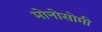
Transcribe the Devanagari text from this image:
मोनोसोमी